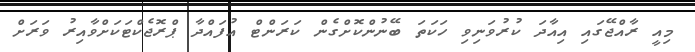
މިއީ ރާއްޖޭގައި އިއާދަ ކުރުވަނިވި ހަކަތަ ބޭނުންކޮށްގެން ކަރަންޓް އުފައްދާ ޕްރޮޖެކްޓަކަށްވާއިރު ވަރަށް